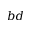
b d